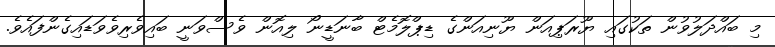
މި ބައްދަލުވުން ތަކުގައި ޔޫރަޕިއަން ޔޫނިއަންގެ ޑިޕްލޮމެޓް ބާނަޑީނޯ ލިއޮން ވެސްވަނީ ބައިވެރިވެވަޑައިގެންފައެވެ.